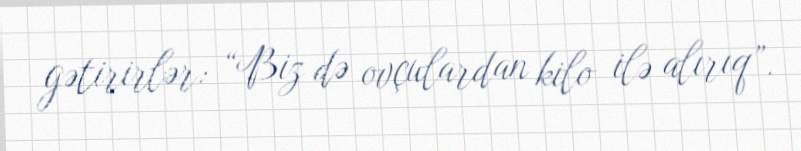
gətirirlər: “Biz də ovçulardan kilo ilə alırıq”.